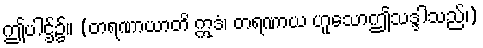
ဤပါဌ်၌။ (တရဏာယာတိ ဣဒံ၊ တရဏာယ ဟူသောဤသဒ္ဒါသည်၊)